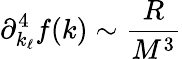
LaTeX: \partial_{k_{\ell}}^{4}f(k)\sim\frac{R}{M^{3}}